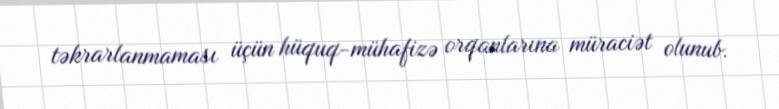
təkrarlanmaması üçün hüquq-mühafizə orqanlarına müraciət olunub.